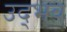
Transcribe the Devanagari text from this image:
उद्‍भव